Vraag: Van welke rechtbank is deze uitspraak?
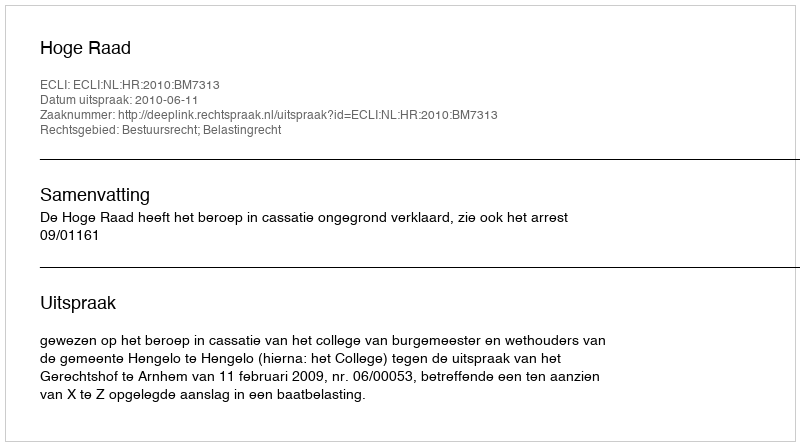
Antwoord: Hoge Raad